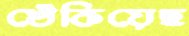
খেঁকিয়েছ